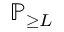
\ensuremath { \mathbb { P } } _ { \geq L }